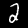
Label: 2